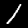
Digit: 1